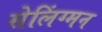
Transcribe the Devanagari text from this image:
सेलिंग्मन